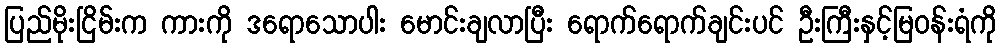
ပြည်မိုးငြိမ်းက ကားကို ဒရောသောပါး မောင်းချလာပြီး ရောက်ရောက်ချင်းပင် ဦးကြီးနှင့်မြဝန်းရံကို